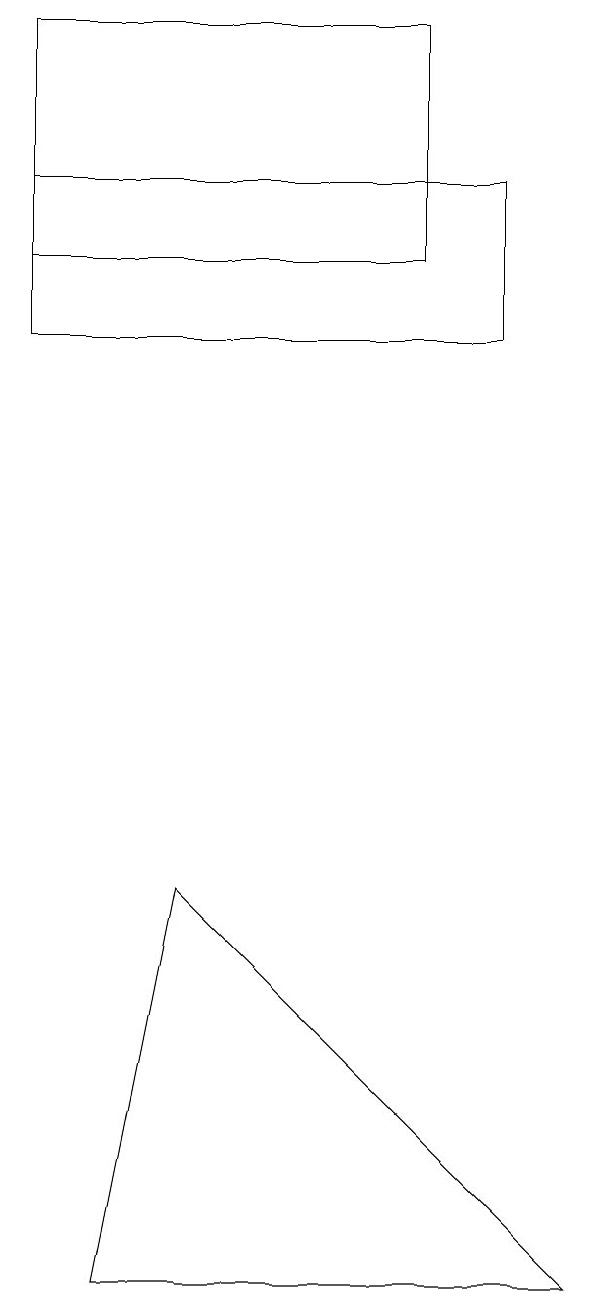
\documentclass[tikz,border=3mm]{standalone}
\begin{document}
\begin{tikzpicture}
\draw (1,3) -- (2,8) -- (7,3) -- cycle;
\draw (5,19) rectangle (0,16);
\draw (0,15) rectangle (6,17);
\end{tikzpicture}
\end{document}